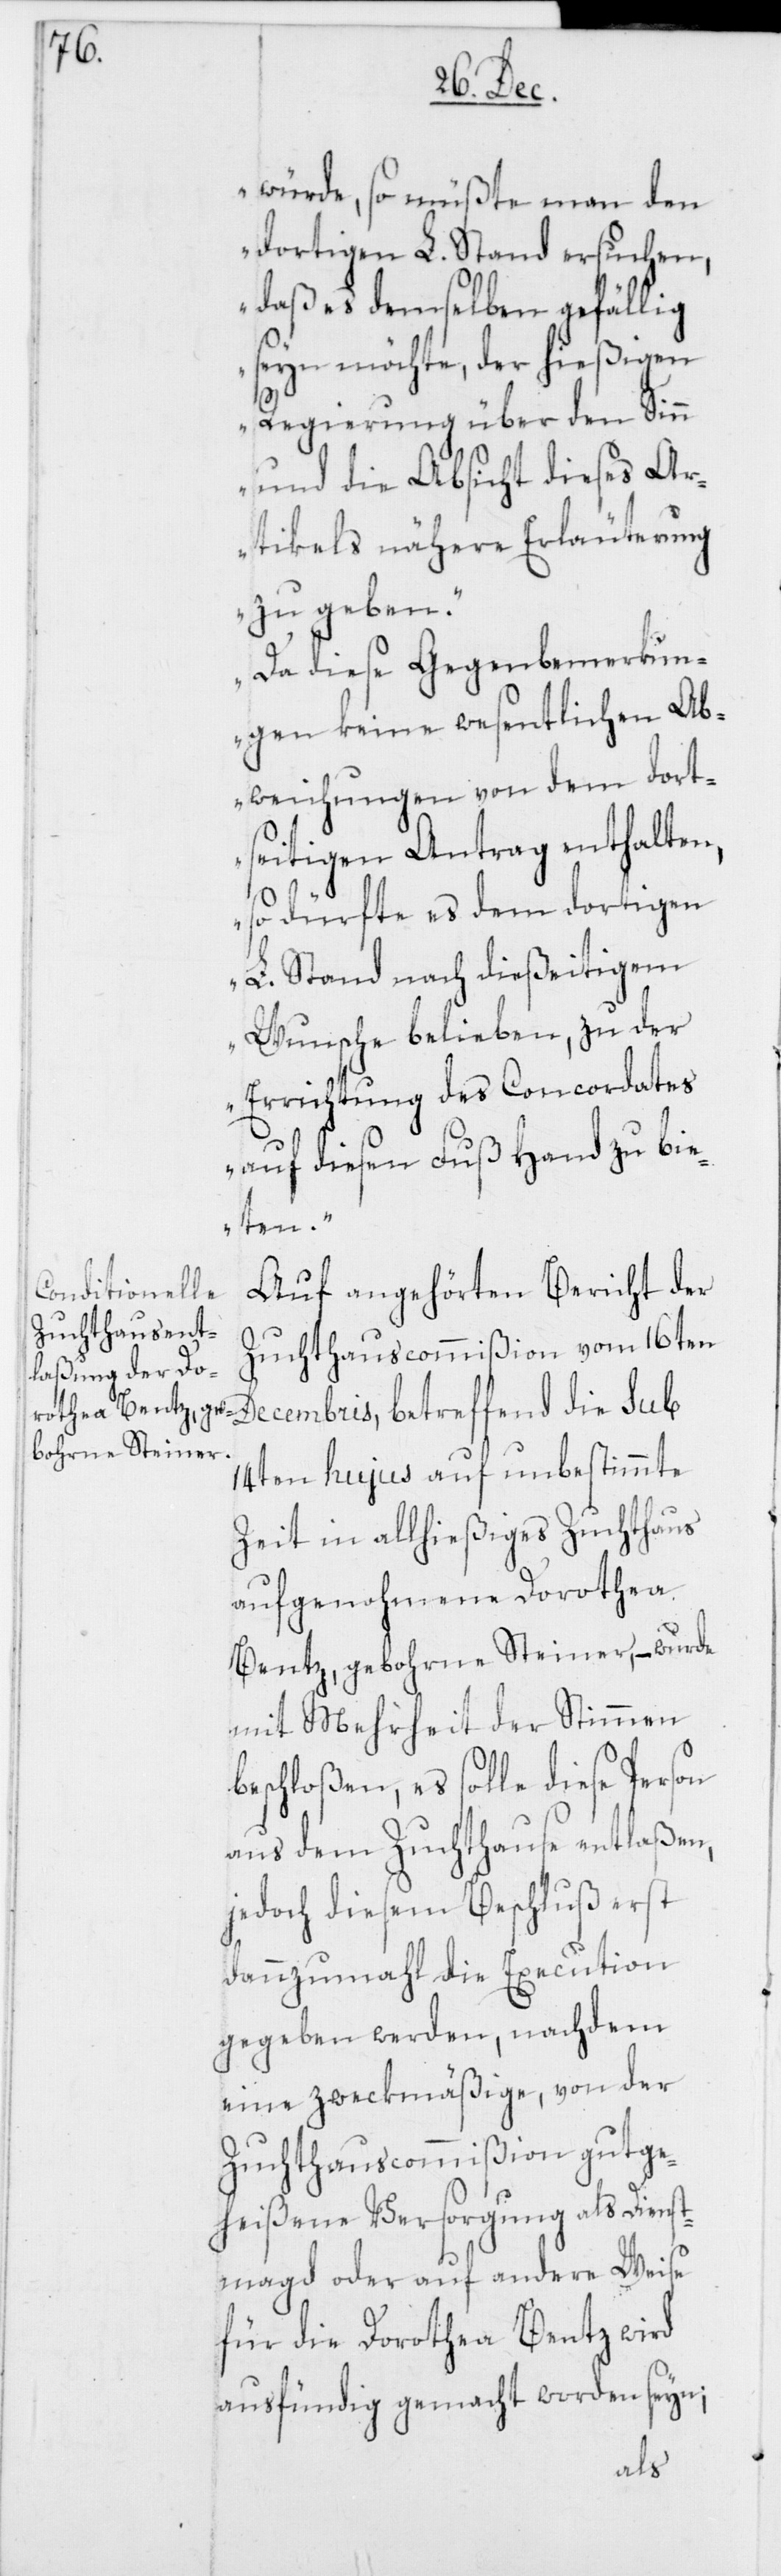
würde, so müßte man den
dortigen L. Stand ersuchen,
daß es demselben gefällig
seyn möchte, der hießigen
Regierung über den Sin¬
n und die Absicht dieses Ar¬
tikels nähere Erläuterung
zu geben.
Da diese Gegenbemerkun¬
gen keine wesentlichen Ab¬
weichungen von dem dort¬
seitigen Antrag enthalten,
so dürfte es dem dortigen
L. Stand nach dießeitigem
Wunsche belieben, zu der
Errichtung des Concordates
auf diesen Fuß Hand zu bie¬
ten.“
Auf angehörten Bericht der
Zuchthauscommißion vom 16ten
Decembris, betreffend die sub
14ten hujus auf unbestimmte
Zeit in allhießiges Zuchthaus
aufgenohmene Dorothea
Bentz, gebohrne Steiner, – wurde
mit Mehrheit der Stimmen
beschloßen, es solle diese Person
aus dem Zuchthause entlaßen,
jedoch diesem Beschluß erst
dannzumahl die Execution
gegeben werden, nachdem
eine zweckmäßige, von der
Zuchthauscommißion gutge¬
heißene Versorgung als Dienst¬
magd oder auf andere Weise
für die Dorothea Bentz wird
ausfündig gemacht worden seyn;